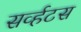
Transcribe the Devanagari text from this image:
सर्व्हटस